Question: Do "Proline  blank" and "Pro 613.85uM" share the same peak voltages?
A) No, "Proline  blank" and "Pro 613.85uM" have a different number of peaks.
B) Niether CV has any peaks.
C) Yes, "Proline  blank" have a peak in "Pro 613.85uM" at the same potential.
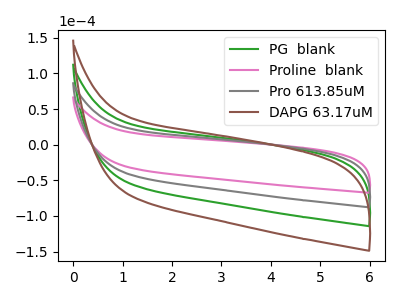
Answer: <think>The green curve "PG  blank" has no peaks. The pink curve "Proline  blank" has no peaks. The gray curve "Pro 613.85uM" has no peaks. The brown curve "DAPG 63.17uM" has no peaks.</think>
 <answer>B) Niether CV has any peaks.</answer>
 <eval>B</eval>